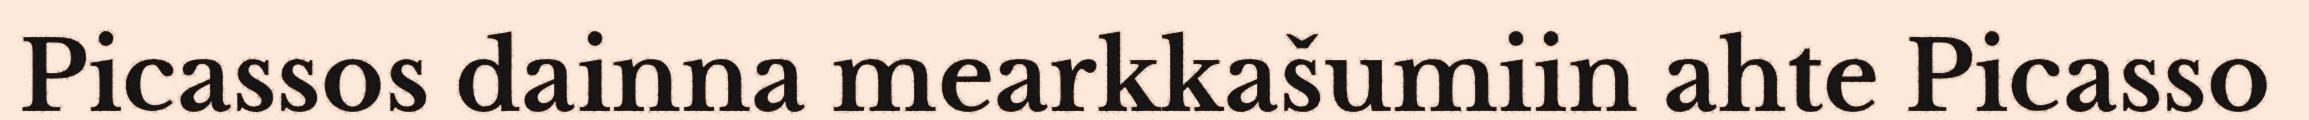
Picassos dainna mearkkašumiin ahte Picasso